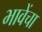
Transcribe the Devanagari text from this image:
भावेंचा